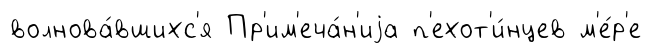
волнова́вшихс'я Пр'им'еча́н'иjа п'ехот'и́нцев м'е́р'е